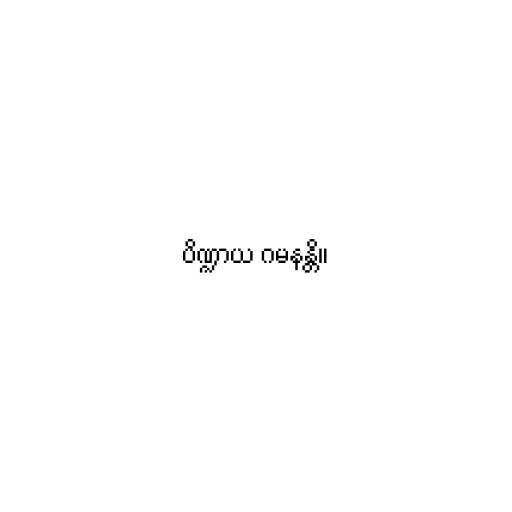
ပိဏ္ဍာယ ဂမနန္တိ။